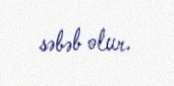
səbəb olur.